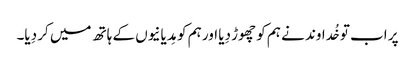
پر اب تو خُداوند نے ہم کو چھوڑ دِیا اور ہم کو مِدیانیوں کے ہاتھ میں کر دِیا۔